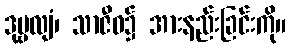
ဒုဗ္ဗလျံ၊ သာဇီဝ၌ အားနည်းခြင်းကို။